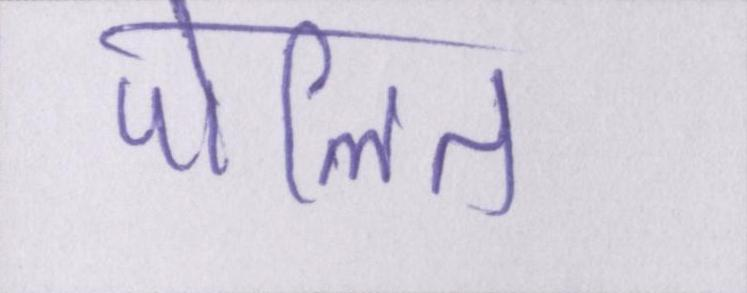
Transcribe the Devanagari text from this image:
पोलित